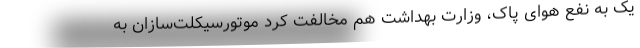
یک به نفع هوای پاک، وزارت بهداشت هم مخالفت کرد موتورسیکلت‌سازان به